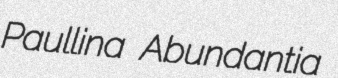
Paullina Abundantia